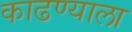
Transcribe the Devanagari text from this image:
काढण्याला